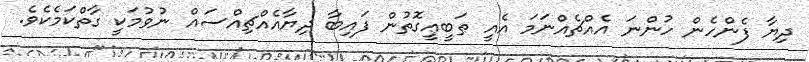
ދިޔާ ފެންހެން ހުންނަ އެއްޗެއްނަމަ އެއީ ޠަބީޢީގޮތުން ފައިބާ ދިޔާއެއްޗިއްސައް ނުވުމަކީ ގާތްކަމެކެވެ.